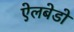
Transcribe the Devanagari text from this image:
ऐलबेडो